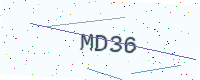
Text: MD36